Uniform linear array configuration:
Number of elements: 64
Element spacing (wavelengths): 0.25
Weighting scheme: kaiser
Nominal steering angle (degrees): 15
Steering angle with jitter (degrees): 15.629
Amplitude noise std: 0.05
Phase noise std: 0.05

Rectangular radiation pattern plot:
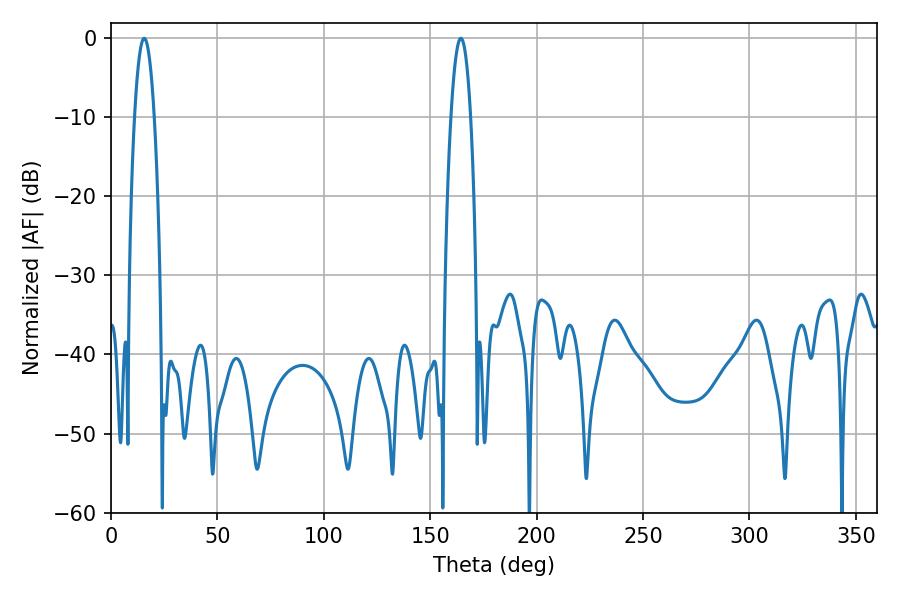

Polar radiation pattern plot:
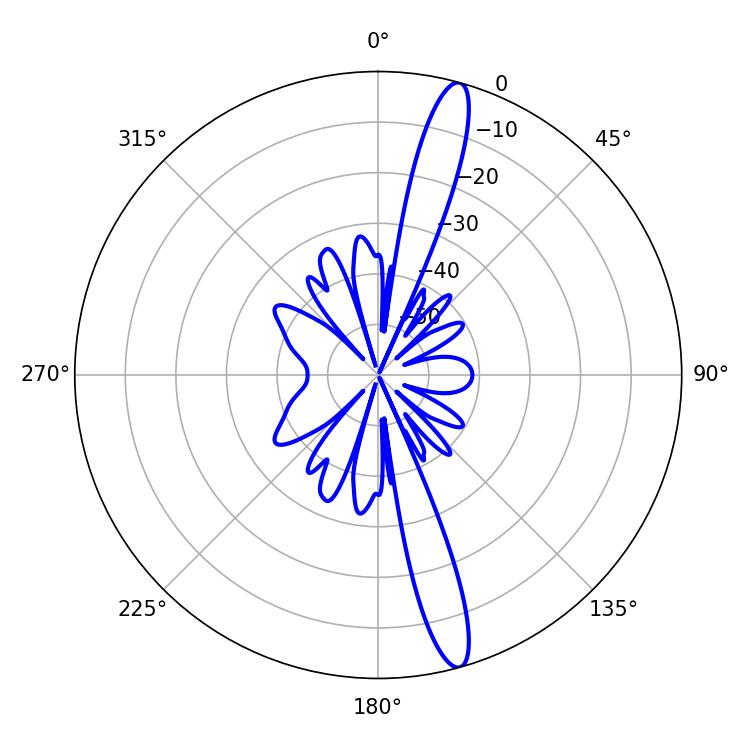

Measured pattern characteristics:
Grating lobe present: FALSE
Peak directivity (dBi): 15.875
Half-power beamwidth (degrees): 5.04
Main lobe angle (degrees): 164.34